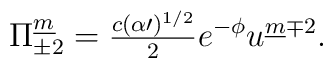
\Pi^{\underline m}_{\pm2}={\textstyle\frac{c(\alpha\prime)^{1/2}}{2}}e^{-\phi}u^{\underline m\mp2}.